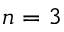
n = 3